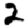
Digit: 2